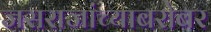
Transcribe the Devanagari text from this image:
जसराजांच्याबरोबर